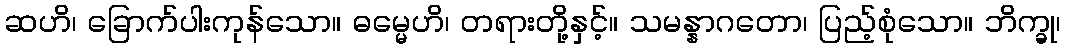
ဆဟိ၊ ခြောက်ပါးကုန်သော။ ဓမ္မေဟိ၊ တရားတို့နှင့်။ သမန္နာဂတော၊ ပြည့်စုံသော။ ဘိက္ခု၊